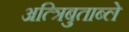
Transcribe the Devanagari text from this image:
अत्त्रिबुताब्ले